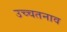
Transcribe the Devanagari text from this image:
उच्चतनाव